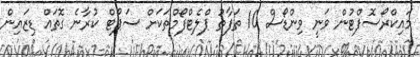
މައިކްރޯސޮފްޓުން ވަނީ ވިންޑޯސް 10 ތަފާތު ޕްލެޓްފޯމްތަކަށް ސަޕޯޓް ކުރާނެ ގޮތައް ޑިޒައިން